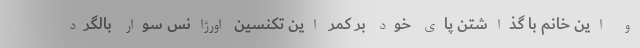
و این خانم با گذاشتن پای خود بر کمر این تکنسین اورژانس سوار بالگرد